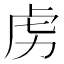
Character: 虏